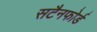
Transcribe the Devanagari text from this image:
सटैनफोर्ड